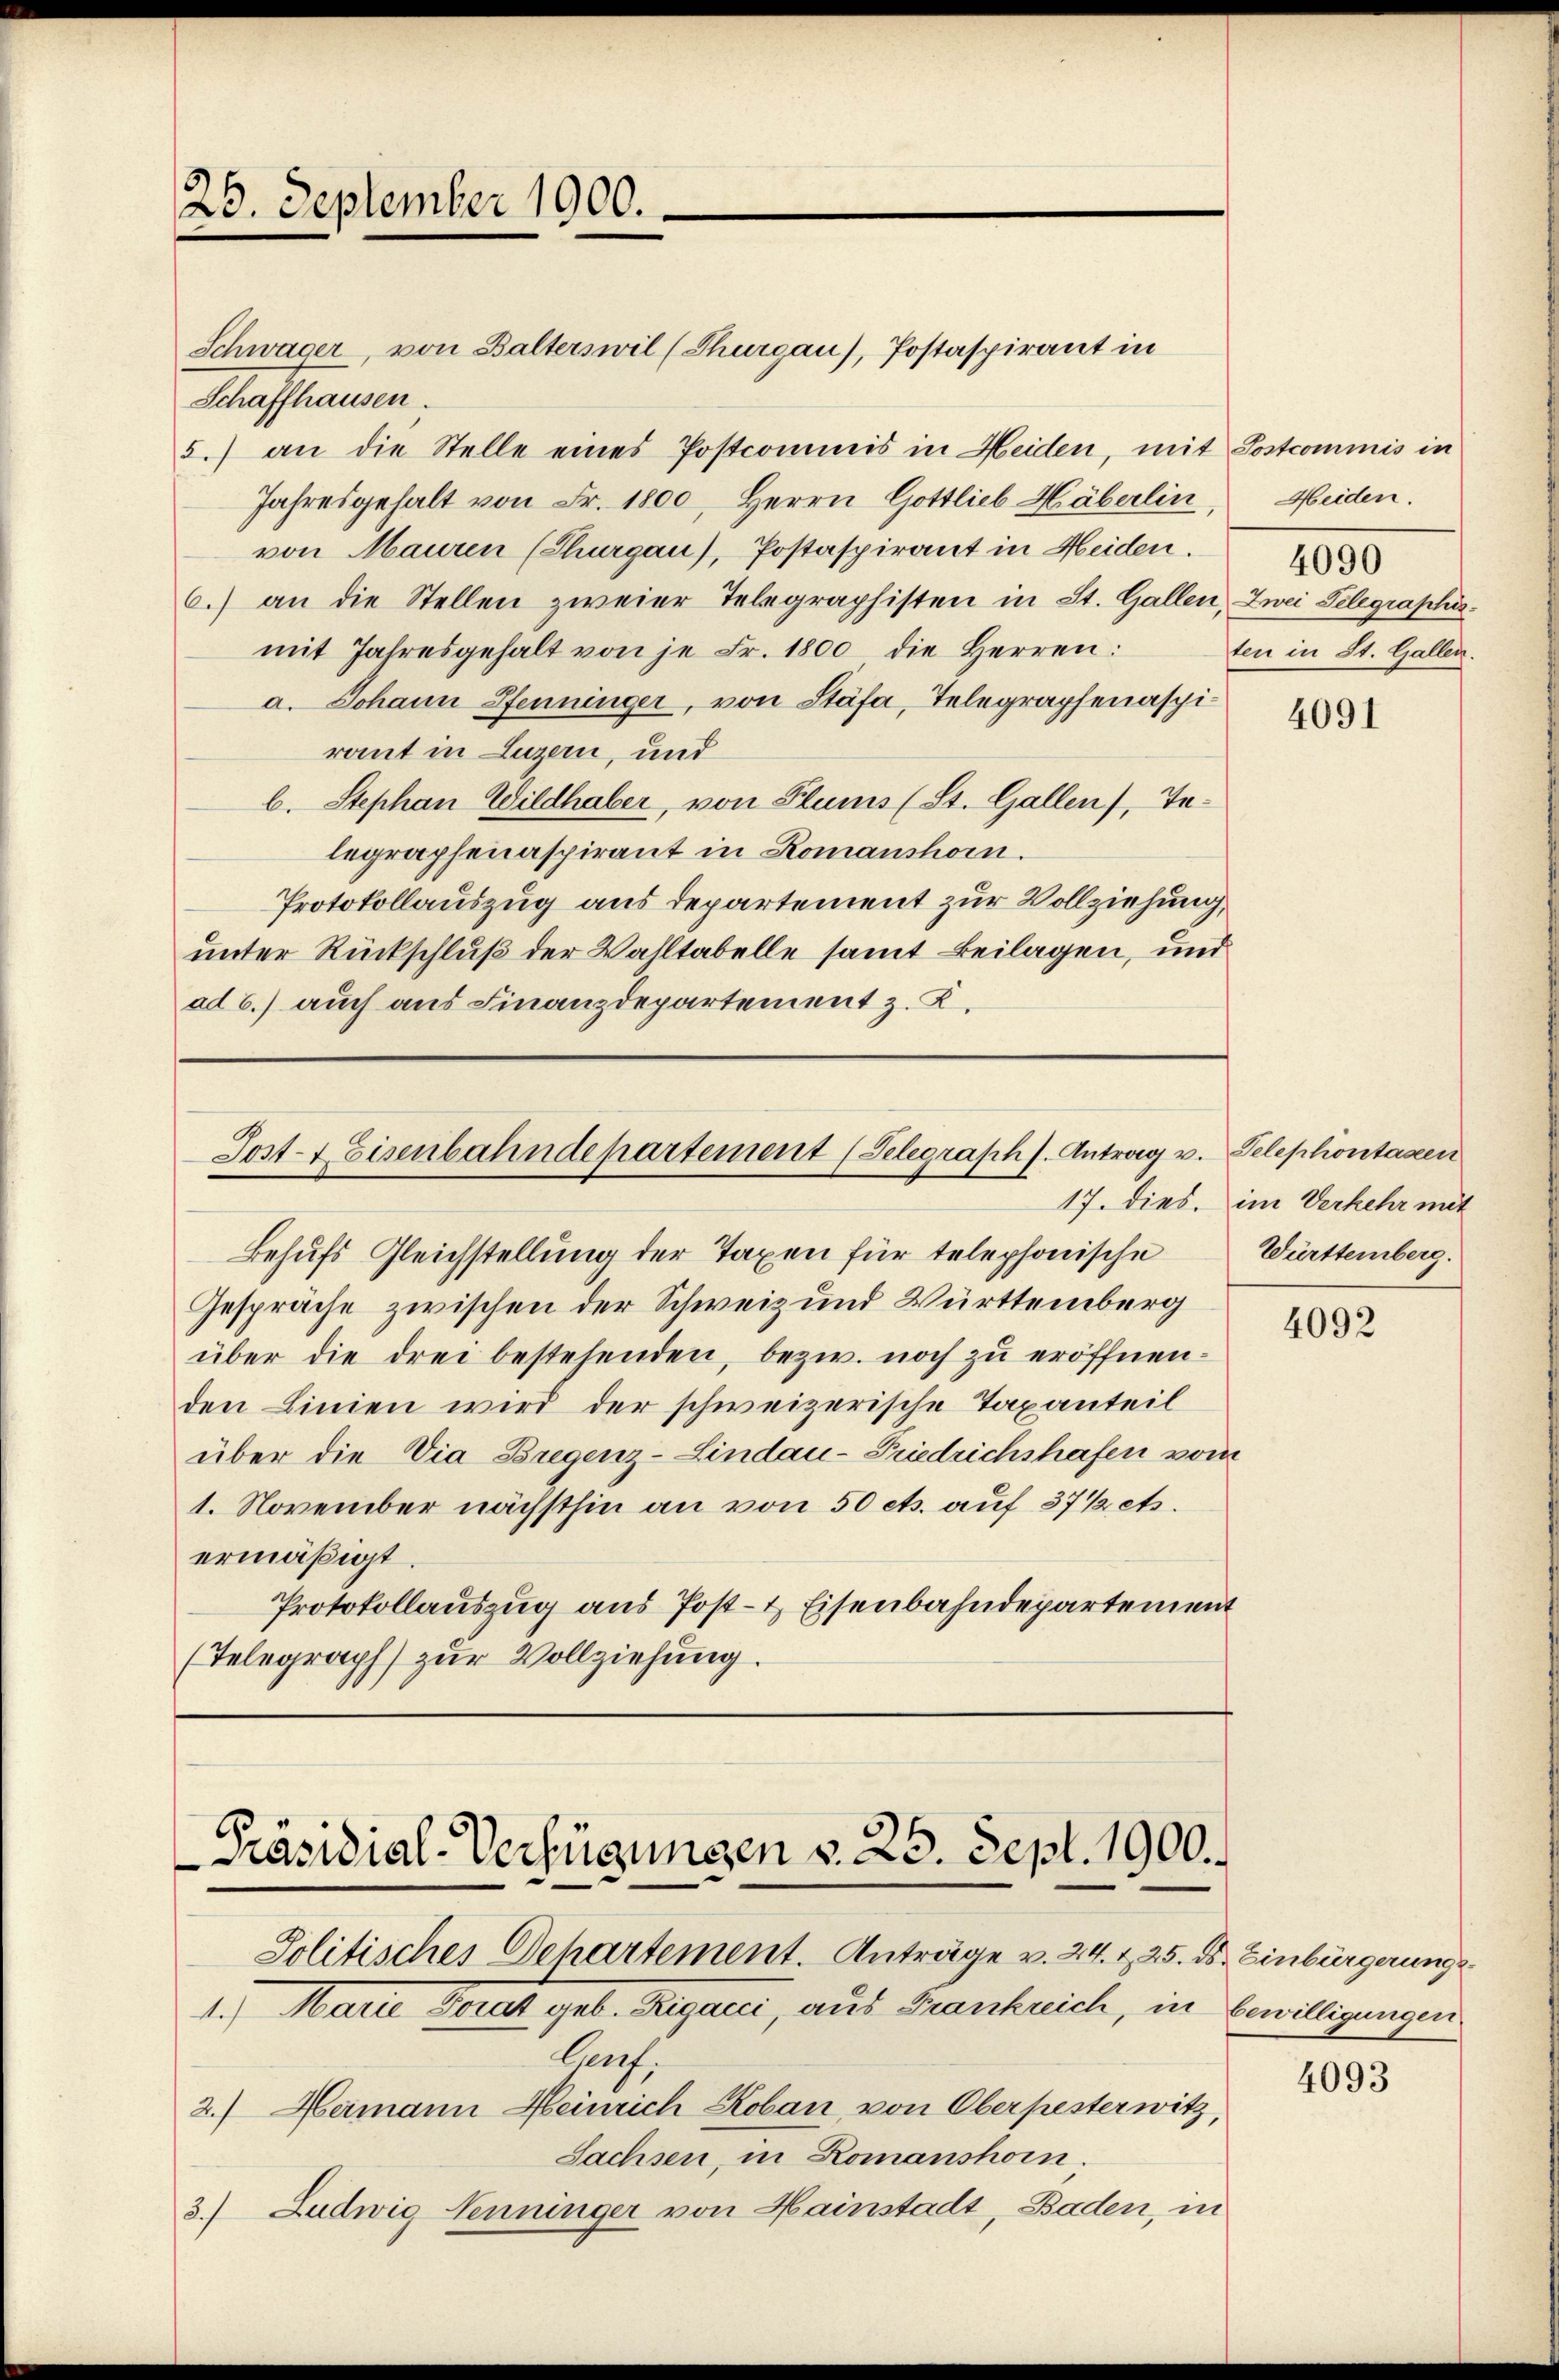
25. September 1900.

Schwager, von Balterswil (Thurgau), Postaspirant in
Schaffhausen.
5.) an die Stelle eines Postcommis in Heiden, mit Postcommis in
Jahresgehalt von Fr. 1800, Herrn Gottlieb Häberlin,
von Mauren (Thurgau), Postaspirant in Heiden.
6.) an die Stellen zweier Telegraphisten in St. Gallen, Zwei Telegraphis
mit Jahresgehalt von je Fr. 1800 die Herren:
a. Johann Pfenninger, von Stäfa, Telegraphenaspiraut in Luzern, und
b. Stephan Wildhaber, von Flums (St. Gallen, Telegraphenaspirant in Romanshorn.
Protokollauszug aus Departement zur Vollziehung,
unter Rückschluß der Wahltabelle samt Beilagen, und
ad b.) auch aus Finanzdepartement z. K.

Post-7 Eisenbahndepartement (Telegraph s. Antrag v. Telephontagen

Behufs Gleichstellung der Taxen für telephonische
Gespräche zwischen der Schweiz und Württemberg
über die drei bestehenden, bezw. noch zu eröffnenden Linien wird der schweizerische Taxanteil
über die Via Bregenz-Lindau-Friedrichshafen vom
1. November nächsthin an von 50 cts. auf 37 / es.
ermäßigt.
Protokollauszug aus Post- & Eisenbahndepartement
(Telegraph zur Vollziehung.

Präsidial-Verfügungen v. 25. Sept. 1900.

Politisches Dehartement. Anträge v. 24. & 25. ds. Einbürgerung
1.) Marie Torat geb. Rigaret, aus Frankreich, in bewilligungen
lauf
2.) Heimann Heinrich Koban, von Oberpester witz,
Sachsen, in Romanshorn.
3.) Ludwig Nenninger von Hainstadt, Baden, in

Heiden.
4090
ten in St. Gallen.

4091

17. dies. im Verkehr mit
Württemberg.

4092

4093